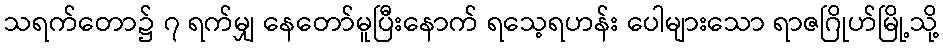
သရက်တော၌ ၇ ရက်မျှ နေတော်မူပြီးနောက် ရသေ့ရဟန်း ပေါများသော ရာဇဂြိုဟ်မြို့သို့